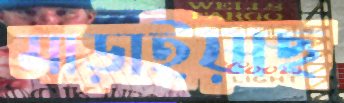
মাড়াইয়াছ